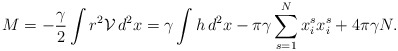
\begin{align*}M=-\frac{\gamma}{2}\int r^{2}\mathcal{V}\, d^{2}x=\gamma \int h\, d^{2}x-\pi \gamma\sum_{s=1}^{N}x_{i}^{s}x_{i}^{s}+4\pi \gamma N.\end{align*}